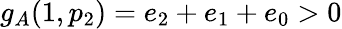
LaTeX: g_{A}(1,p_{2})=e_{2}+e_{1}+e_{0}>0